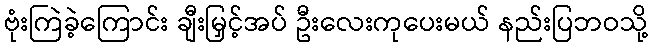
ဗုံးကြဲခဲ့ကြောင်း ချီးမြှင့်အပ် ဦးလေးကုပေးမယ် နည်းပြဘဝသို့